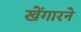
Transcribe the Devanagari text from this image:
खेंगारने